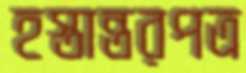
হস্তান্তরপত্র